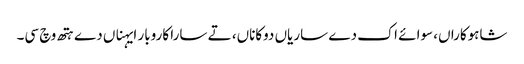
شاہوکاراں، سوائے اک دے ساریاں دوکاناں، تے سارا کاروبار ایہناں دے ہتھ وچ سی۔